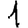
Digit: 1